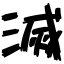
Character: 滅